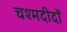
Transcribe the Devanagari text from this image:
चश्मदीदों